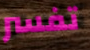
تفسر